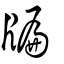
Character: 牑